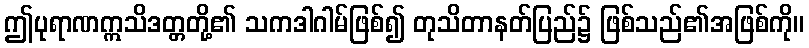
ဤပုရာဏဣသိဒတ္တတို့၏ သကဒါဂါမ်ဖြစ်၍ တုသိတာနတ်ပြည်၌ ဖြစ်သည်၏အဖြစ်ကို။